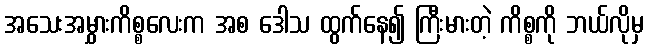
အသေးအမွှားကိစ္စလေးက အစ ဒေါသ ထွက်နေ၍ ကြီးမားတဲ့ ကိစ္စကို ဘယ်လိုမှ